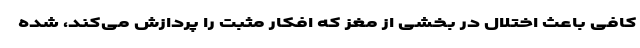
کافی باعث اختلال در بخشی از مغز که افکار مثبت را پردازش می‌کند، شده